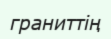
граниттің